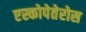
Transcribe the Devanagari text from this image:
एस्कोपेतेरोस